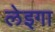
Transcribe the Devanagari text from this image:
लेइगा